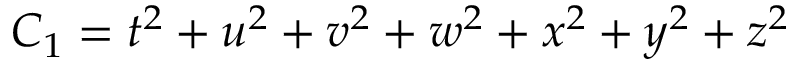
C _ { 1 } = t ^ { 2 } + u ^ { 2 } + v ^ { 2 } + w ^ { 2 } + x ^ { 2 } + y ^ { 2 } + z ^ { 2 }